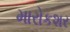
મારોકશર